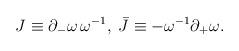
LaTeX: \begin{align*}J\equiv \partial _-\omega\,\omega ^{-1},\;\bar J\equiv -\omega ^{-1}\partial _+\omega.\end{align*}